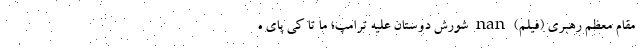
مقام معظم رهبری (فیلم) nan شورش دوستان علیه ترامپ؛ ما تا کی پای ه